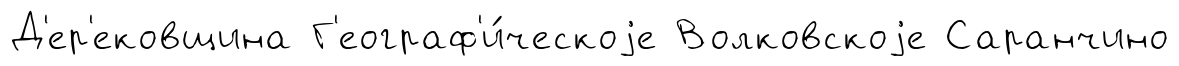
Д'ер'ековщина Г'еограф'и́ческоjе Волковскоjе Саранчино